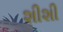
શીશી